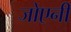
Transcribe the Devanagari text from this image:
जोएनी